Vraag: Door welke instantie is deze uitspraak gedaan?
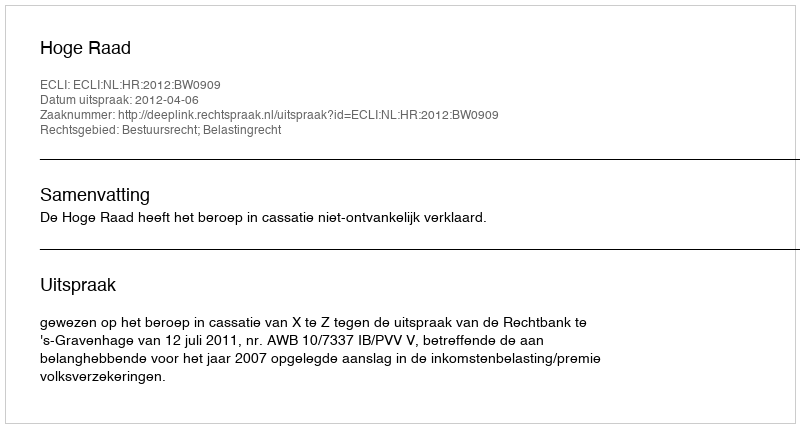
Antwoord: Hoge Raad